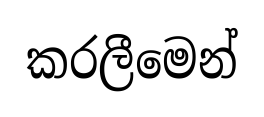
කරලීමෙන්